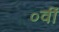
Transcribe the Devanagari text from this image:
०वीं